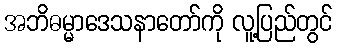
အဘိဓမ္မာဒေသနာတော်ကို လူ့ပြည်တွင်